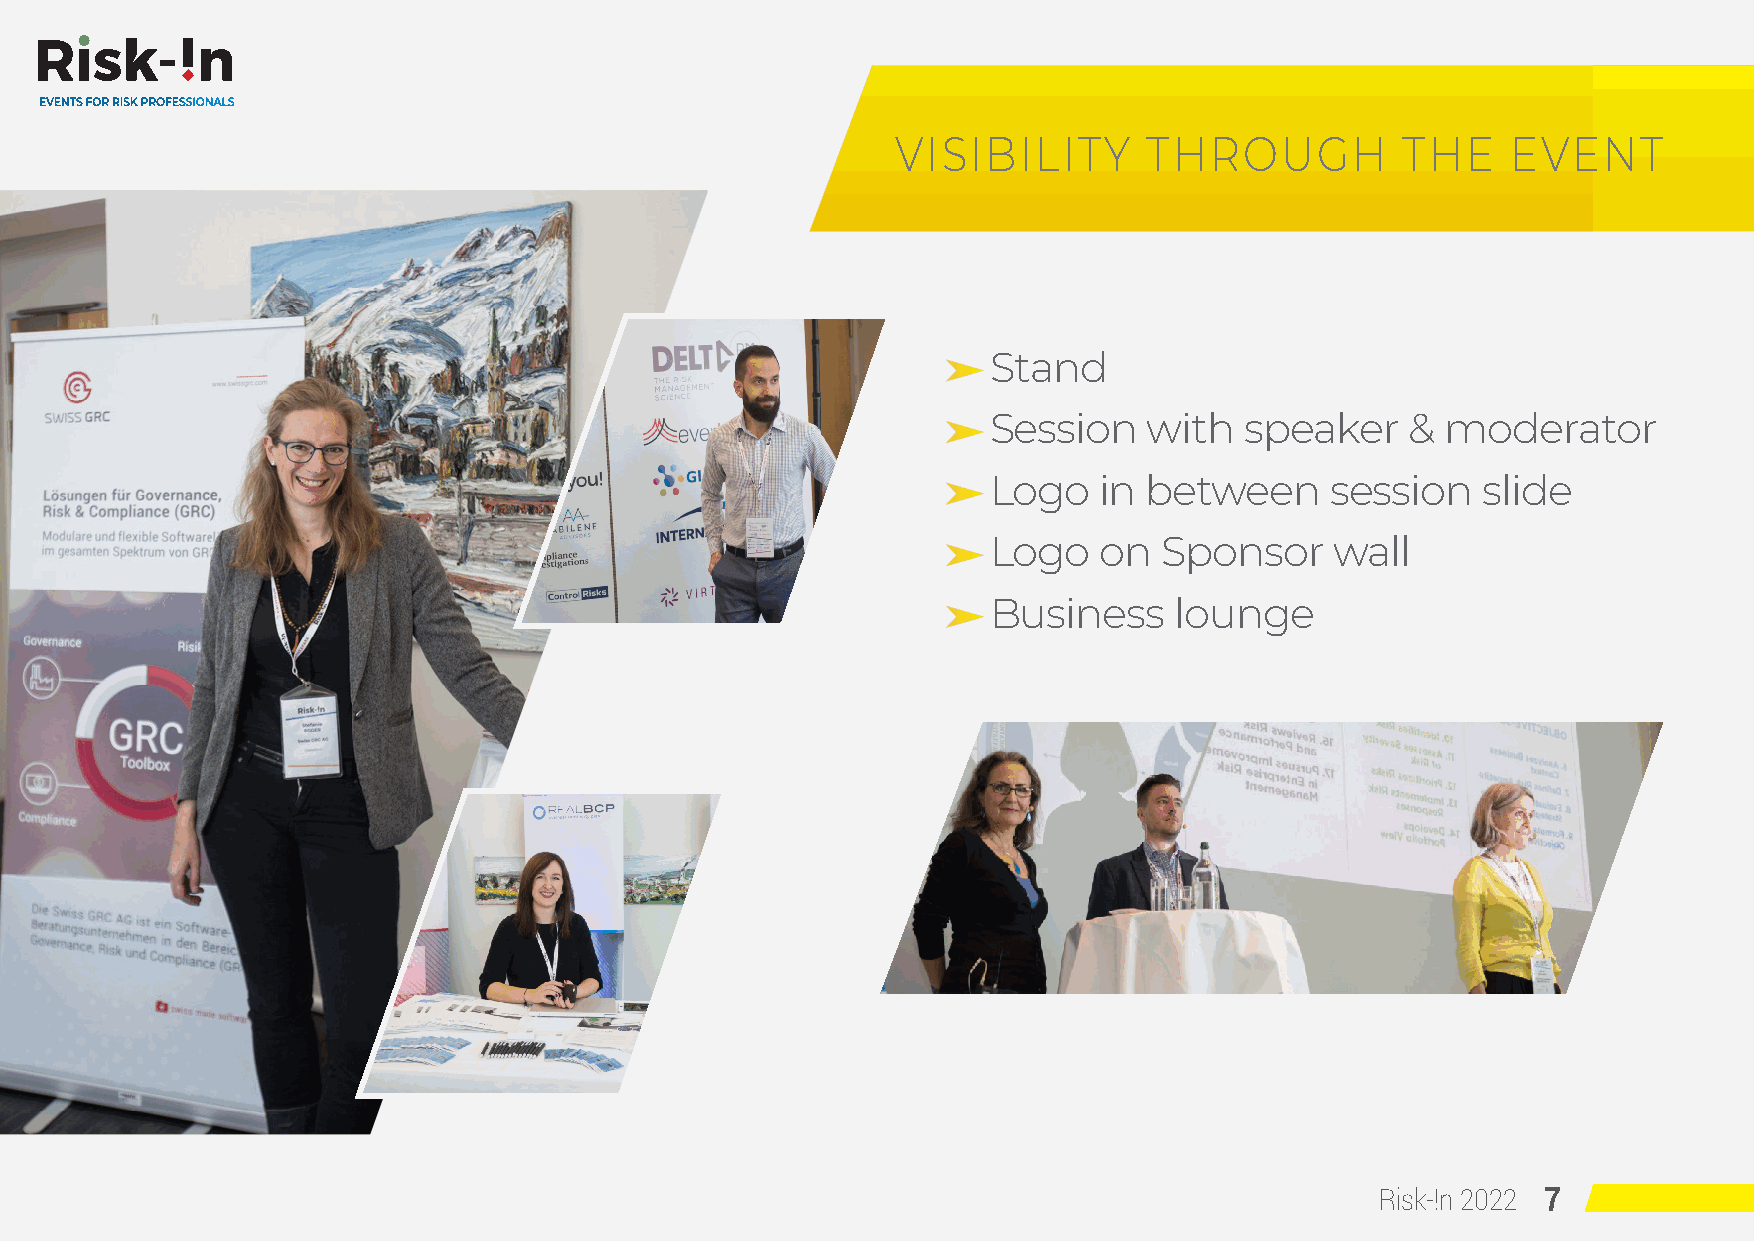
EVENTS FOR RISK PROFESSIONALS
 VISIBILITY       THROUGH          THE    EVENT
 Stand
 Session   with  speaker    &  moderator
 Logo   in between     session   slide
 Logo   on  Sponsor    wall
 Business    lounge
 Risk-!n 2022 7